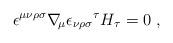
LaTeX: \begin{align*}\epsilon^{\mu\nu\rho\sigma}\nabla_{\!\mu}{\epsilon_{\nu\rho\sigma}}^\tau H_\tau = 0 \ , \end{align*}